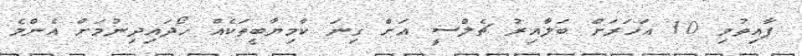
ފާއިތުވި 10 އަހަރަށް ބަލާއިރު ޗެލްސީ އަށް ގިނަ ކާމިޔާބީތަކެއް ހޯދައިދިނުމަށް އެންމެ